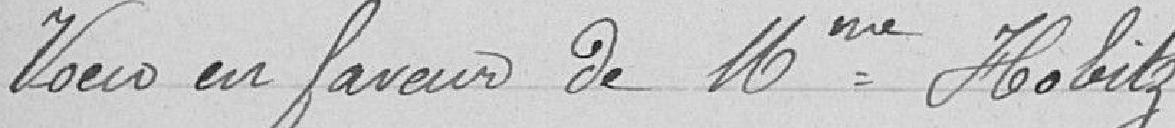
Vœu en faveur de Mme Hobitz